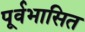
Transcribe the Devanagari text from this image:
पूर्वभासित